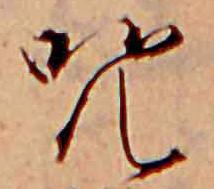
呪